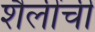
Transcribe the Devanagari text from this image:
शैलींची